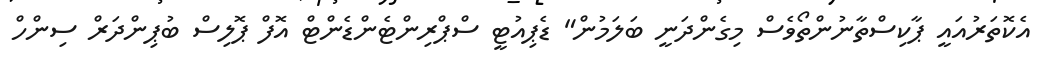
އެކޮތަރުއައީ ޕާކިސްތާނުންތޯވެސް މިގެންދަނީ ބަލަމުން" ޑެޕިއުޓީ ސްޕްރިންޓެންޑެންޓް އޮފް ޕޮލިސް ބުޕިންދަރް ސިންހް